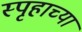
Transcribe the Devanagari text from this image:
स्पृहाच्या